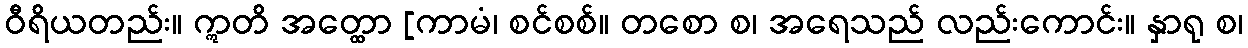
ဝီရိယတည်း။ ဣတိ အတ္ထော [ကာမံ၊ စင်စစ်။ တစော စ၊ အရေသည် လည်းကောင်း။ နှာရု စ၊